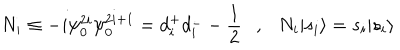
N _ { i } \equiv - i \psi _ { 0 } ^ { 2 i } \psi _ { 0 } ^ { 2 i + 1 } = d _ { i } ^ { + } d _ { i } ^ { - } - \frac { 1 } { 2 } , N _ { i } | { s _ { i } } \rangle = s _ { i } | { s _ { i } } \rangle